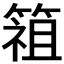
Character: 𱸓